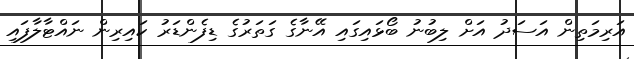
އަރިމަތިން އަސަދު އަށް ލިބުނު ބޯޅައިގައި އޭނާގެ ގަތަރުގެ ޑިފެންޑަރު ކައިރިން ނައްޓާލާފައި